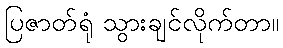
ပြဇာတ်ရုံ သွားချင်လိုက်တာ။